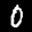
Label: 0